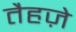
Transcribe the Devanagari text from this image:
तैहज़े